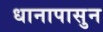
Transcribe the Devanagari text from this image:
धानापासुन